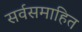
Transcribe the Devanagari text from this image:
सर्वसमाहित